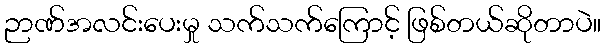
ဉာဏ်အလင်းပေးမှု သက်သက်ကြောင့် ဖြစ်တယ်ဆိုတာပဲ။